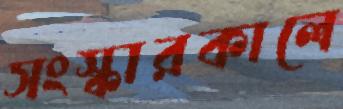
সংস্কারকালে